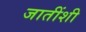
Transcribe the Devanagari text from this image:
जातींशी